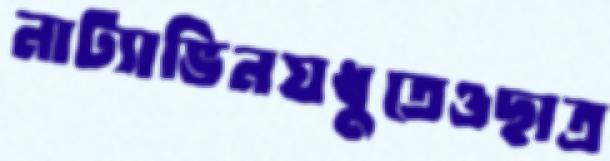
নাট্যাভিনয়ধুতেওছাত্র